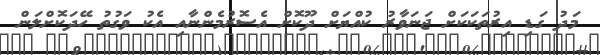
މަދު ގަޑި އިރުތަކަކަށް ޖަނަވާރު ކުއްޔަށް ދޫކޮށް އެސޮރުމެންނާއި އެކު ވަގުތު ހޭދަކޮށްލަން